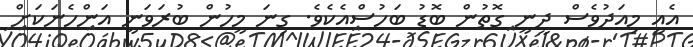
އެއީ މިއަދުވެސް ދީނީ ގޮތުން ބޮޑު ބަހުސްއެކެވެ. ގިނަ މީހުން ބުރަވަނީ އަންހެނަކަށް